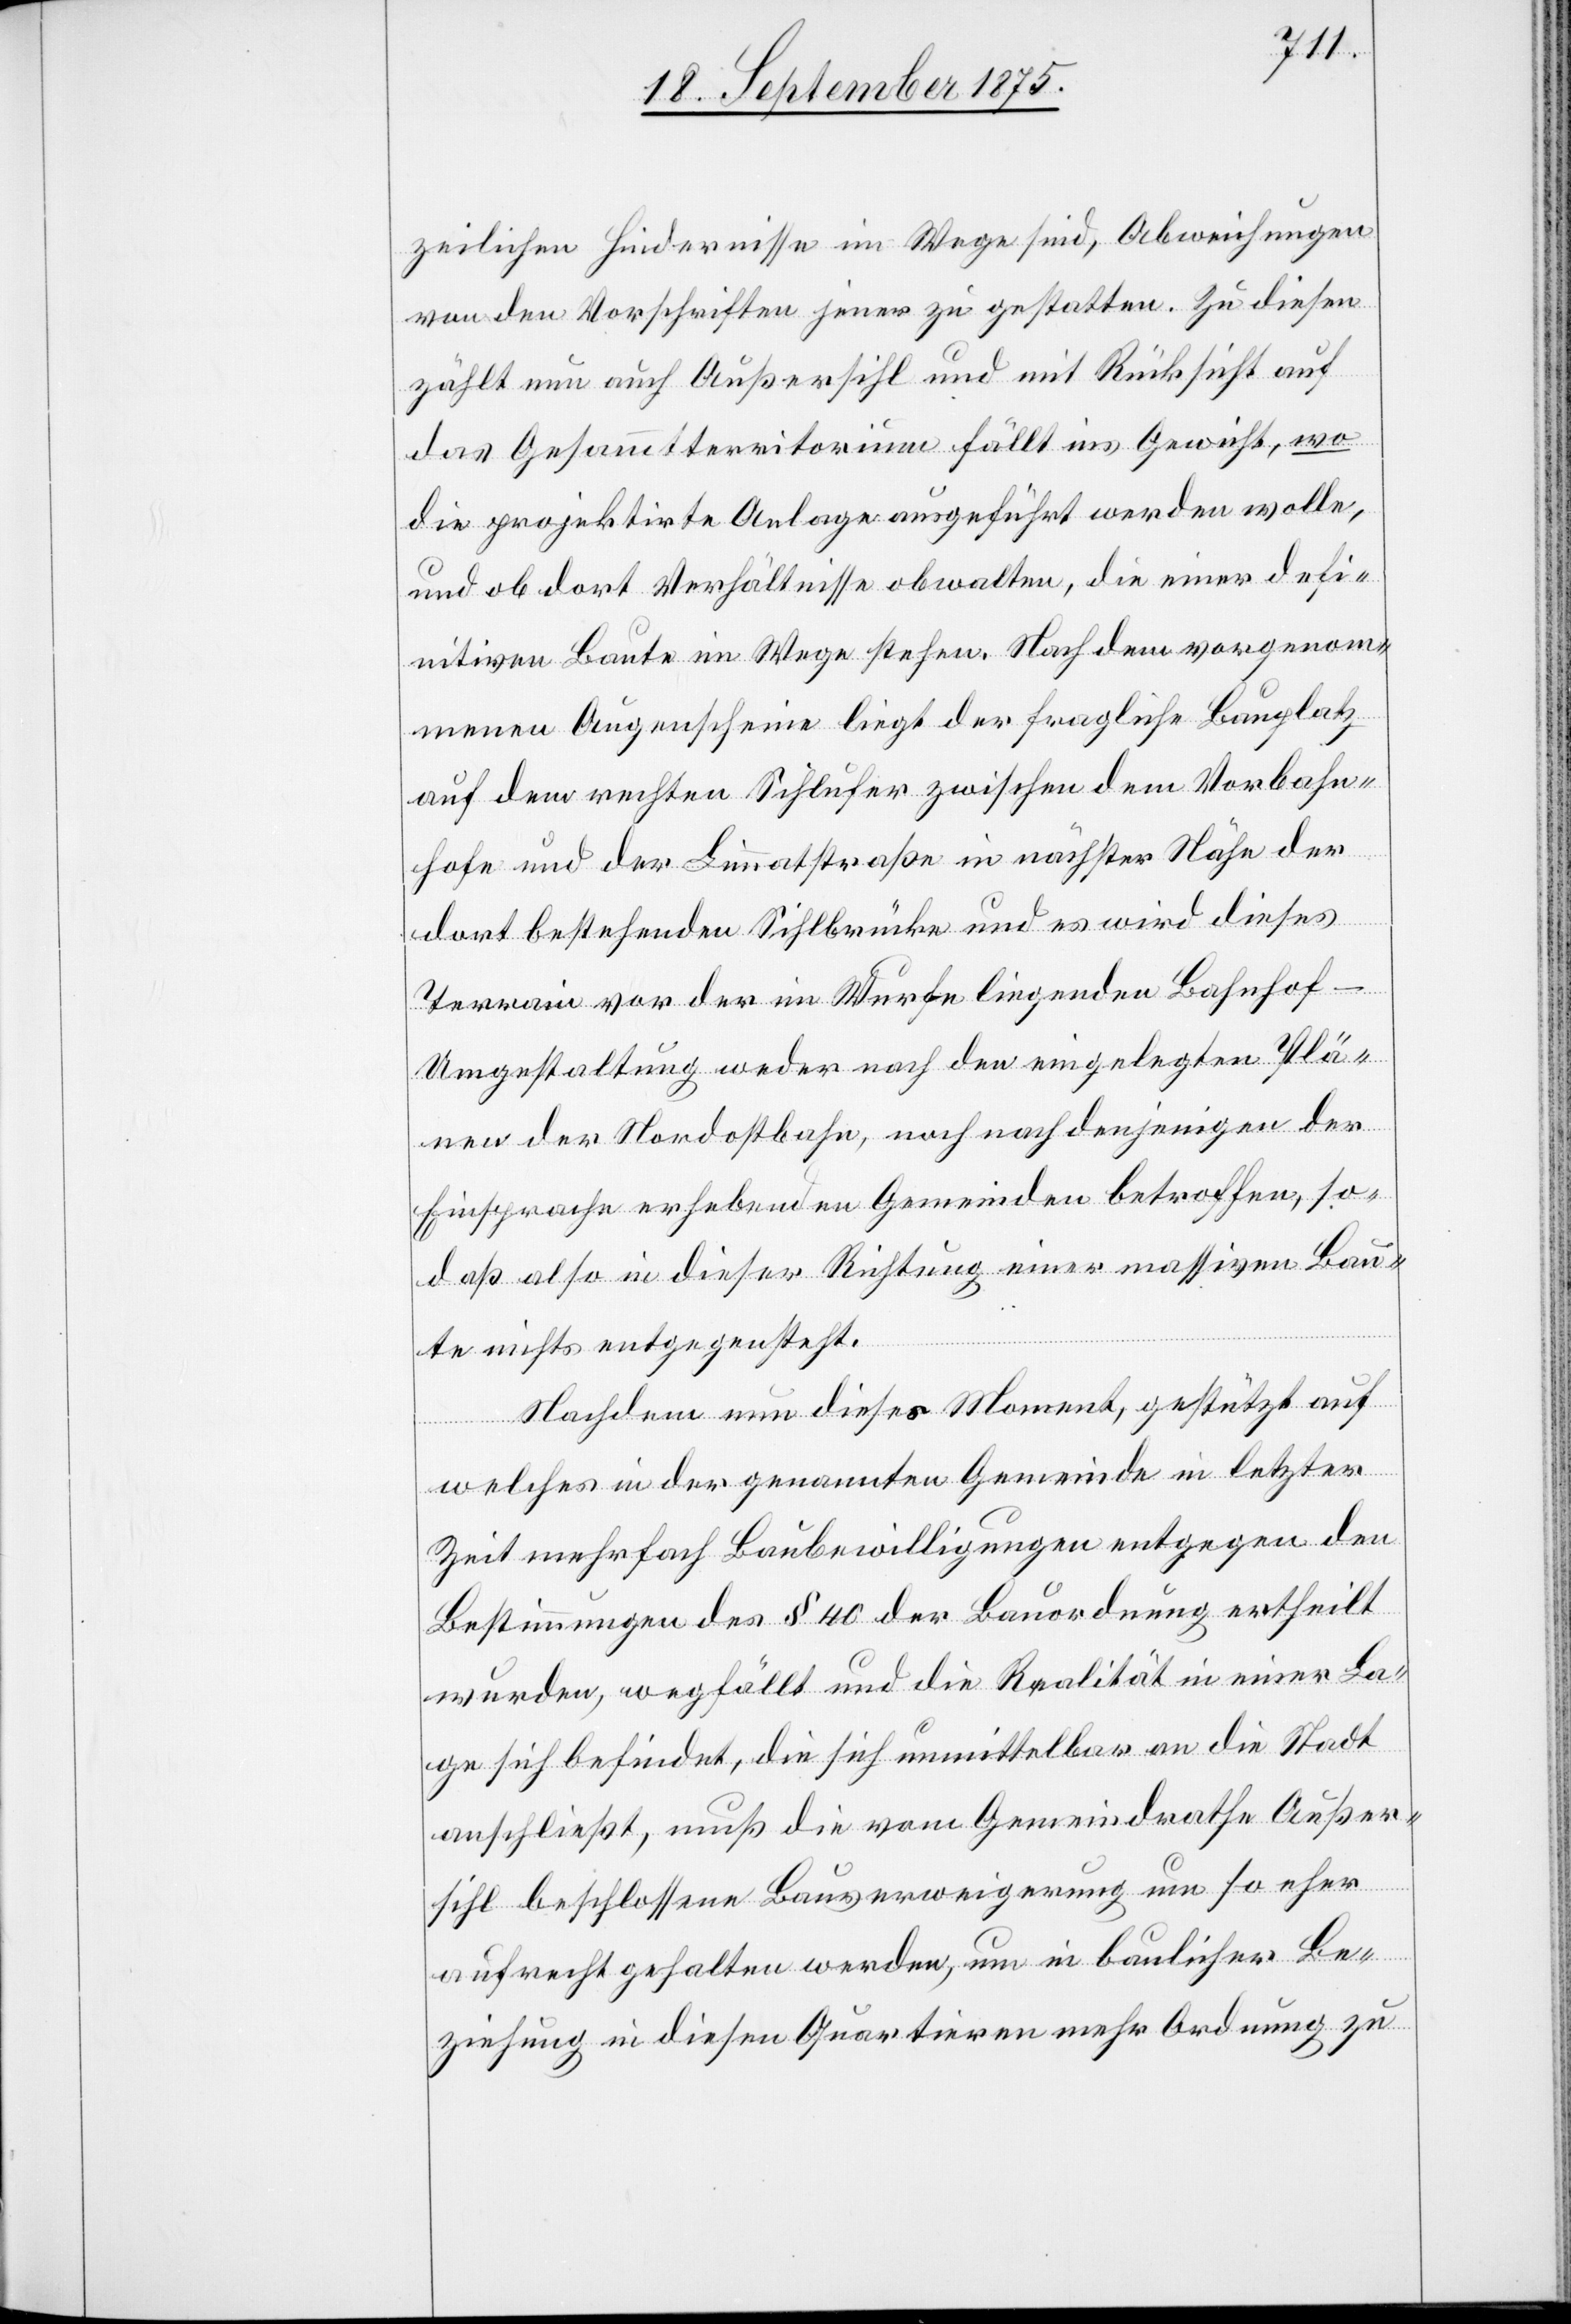
zeilichen Hindernisse im Wege sind, Abweichungen
von den Vorschriften jener zu gestatten. Zu diesen
zählt nun auch Außersihl und mit Rücksicht auf
das Gesammtterritorium fällt ins Gewicht, wo
die projektirte Anlage ausgeführt werden wolle,
und ob dort Verhältnisse obwalten, die einer defi¬
nitiven Baute im Wege stehen. Nach dem vorgenom¬
menen Augenscheine liegt der fragliche Bauplatz
auf dem rechten Sihlufer zwischen dem Vorbahn¬
hofe und der Limmatstraße in nächster Nähe der
dort bestehenden Sihlbrücke und es wird dieses
Terrain vor der im Wurfe liegenden Bahnhof-U¬
mgestaltung weder nach den eingelegten Plä¬
nen der Nordostbahn, noch nach denjenigen der
Einsprache erhebenden Gemeinden betroffen, so¬
daß also in dieser Richtung einer massiven Bau¬
te nichts entgegensteht.
Nachdem nun dieses Moment, gestützt auf
welches in der genannten Gemeinde in letzter
Zeit mehrfach Baubewilligungen entgegen den
Bestimmungen des § 40 der Bauordnung ertheilt
wurden, wegfällt und die Realität in einer La¬
ge sich befindet, die sich unmittelbar an die Stadt
anschließt, muß die vom Gemeindrathe Außer¬
sihl beschlossene Bauverweigerung um so eher
aufrecht gehalten werden, um in baulicher Be¬
ziehung in diesen Quartieren mehr Ordnung zu